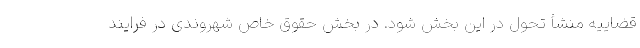
قضاییه منشأ تحول در این بخش شود. در بخش حقوق خاص شهروندی در فرایند